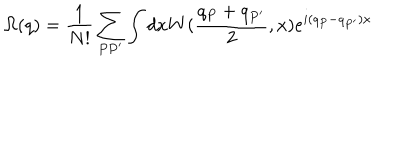
LaTeX: \Omega ( q ) = \frac 1 { N ! } \sum _ { P P ^ { \prime } } \int d x W ( \frac { q _ { P } + q _ { P ^ { \prime } } } 2 , x ) e ^ { i ( q _ { P } - q _ { P ^ { \prime } } ) x }